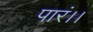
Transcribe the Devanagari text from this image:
पारं।।